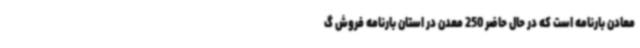
معادن بارنامه است که در حال حاضر 250 معدن در استان بارنامه فروش گ